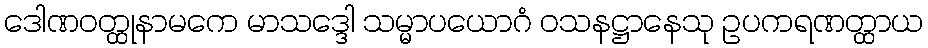
ဒေါဏဝတ္ထုနာမကေ မာသဒ္ဒေါ သမ္မာပယောဂံ ဝသနဋ္ဌာနေသု ဥပကရဏတ္ထာယ